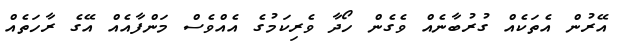
އޭރުން އެތަކެއް ގުރުބާނެއް ވެގެން ހޯދާ ވެރިކަމުގެ އެއްވެސް މަންފާއެއް އޭގެ ރާހަތެއް